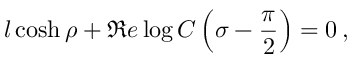
l \cosh \rho + \Re e \log C \left( \sigma - \displaystyle \frac { \pi } { 2 } \right) = 0 \: ,